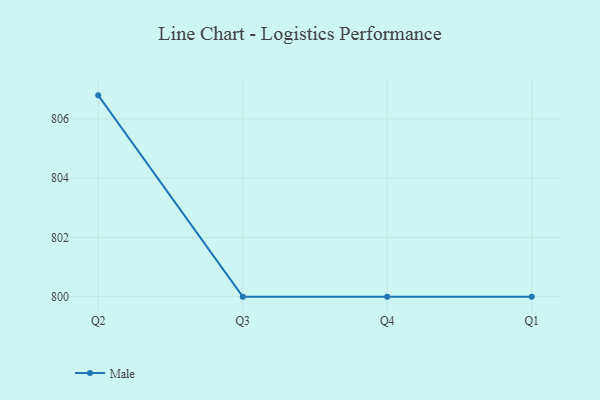
{"axis": {"x": "Quarter", "y": "Gross Profit (USD K)"}, "legend": ["Male"], "data": [{"x": "Q2", "y": 806.8, "type": "Male"}, {"x": "Q3", "y": 800, "type": "Male"}, {"x": "Q4", "y": 800, "type": "Male"}, {"x": "Q1", "y": 800, "type": "Male"}]}